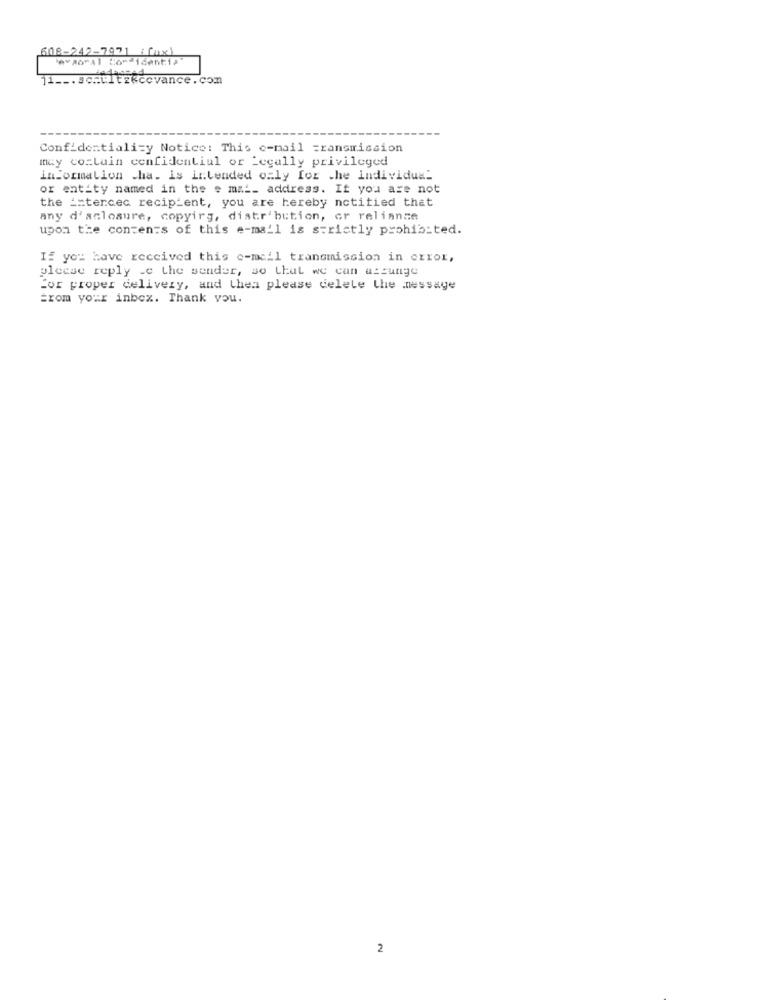
608-242-7971 ; fax)
Confidentiality Notice: This e-mail =ransmission
my co=Luin confidential or Legally privileged
information .ha. is intended only for the individual
or entity named in the . ma __ address. If you are not
the intercec recipient, you are hereby notitied that
any d'aclosure, copying, distribution, or reliance
upon the contents of this e-mail is strictly prohibited.
If you have received this e-mail transmission in error,
please reply .e the sender, so that we can assunge
for proper delivery, and then please delete the message
From your inbox. Thank you.
2